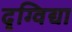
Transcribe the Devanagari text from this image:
दृग्विद्या